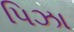
પિઝા